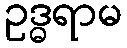
ဥဒ္ဓရာမ